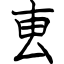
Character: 叀